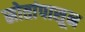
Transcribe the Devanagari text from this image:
स्रोतांपासून